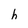
Character: h